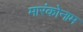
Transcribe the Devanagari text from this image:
मारंकोनाम